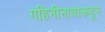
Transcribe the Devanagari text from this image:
गहिनीनाथाकडून